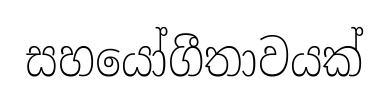
සහයෝගීතාවයක්